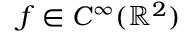
f \in C ^ { \infty } ( \ensuremath { \mathbb { R } } ^ { 2 } )